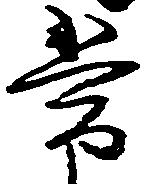
常